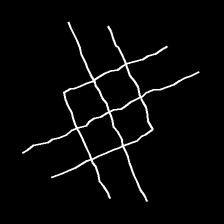
Glyph: crystal